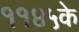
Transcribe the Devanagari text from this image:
११४५के